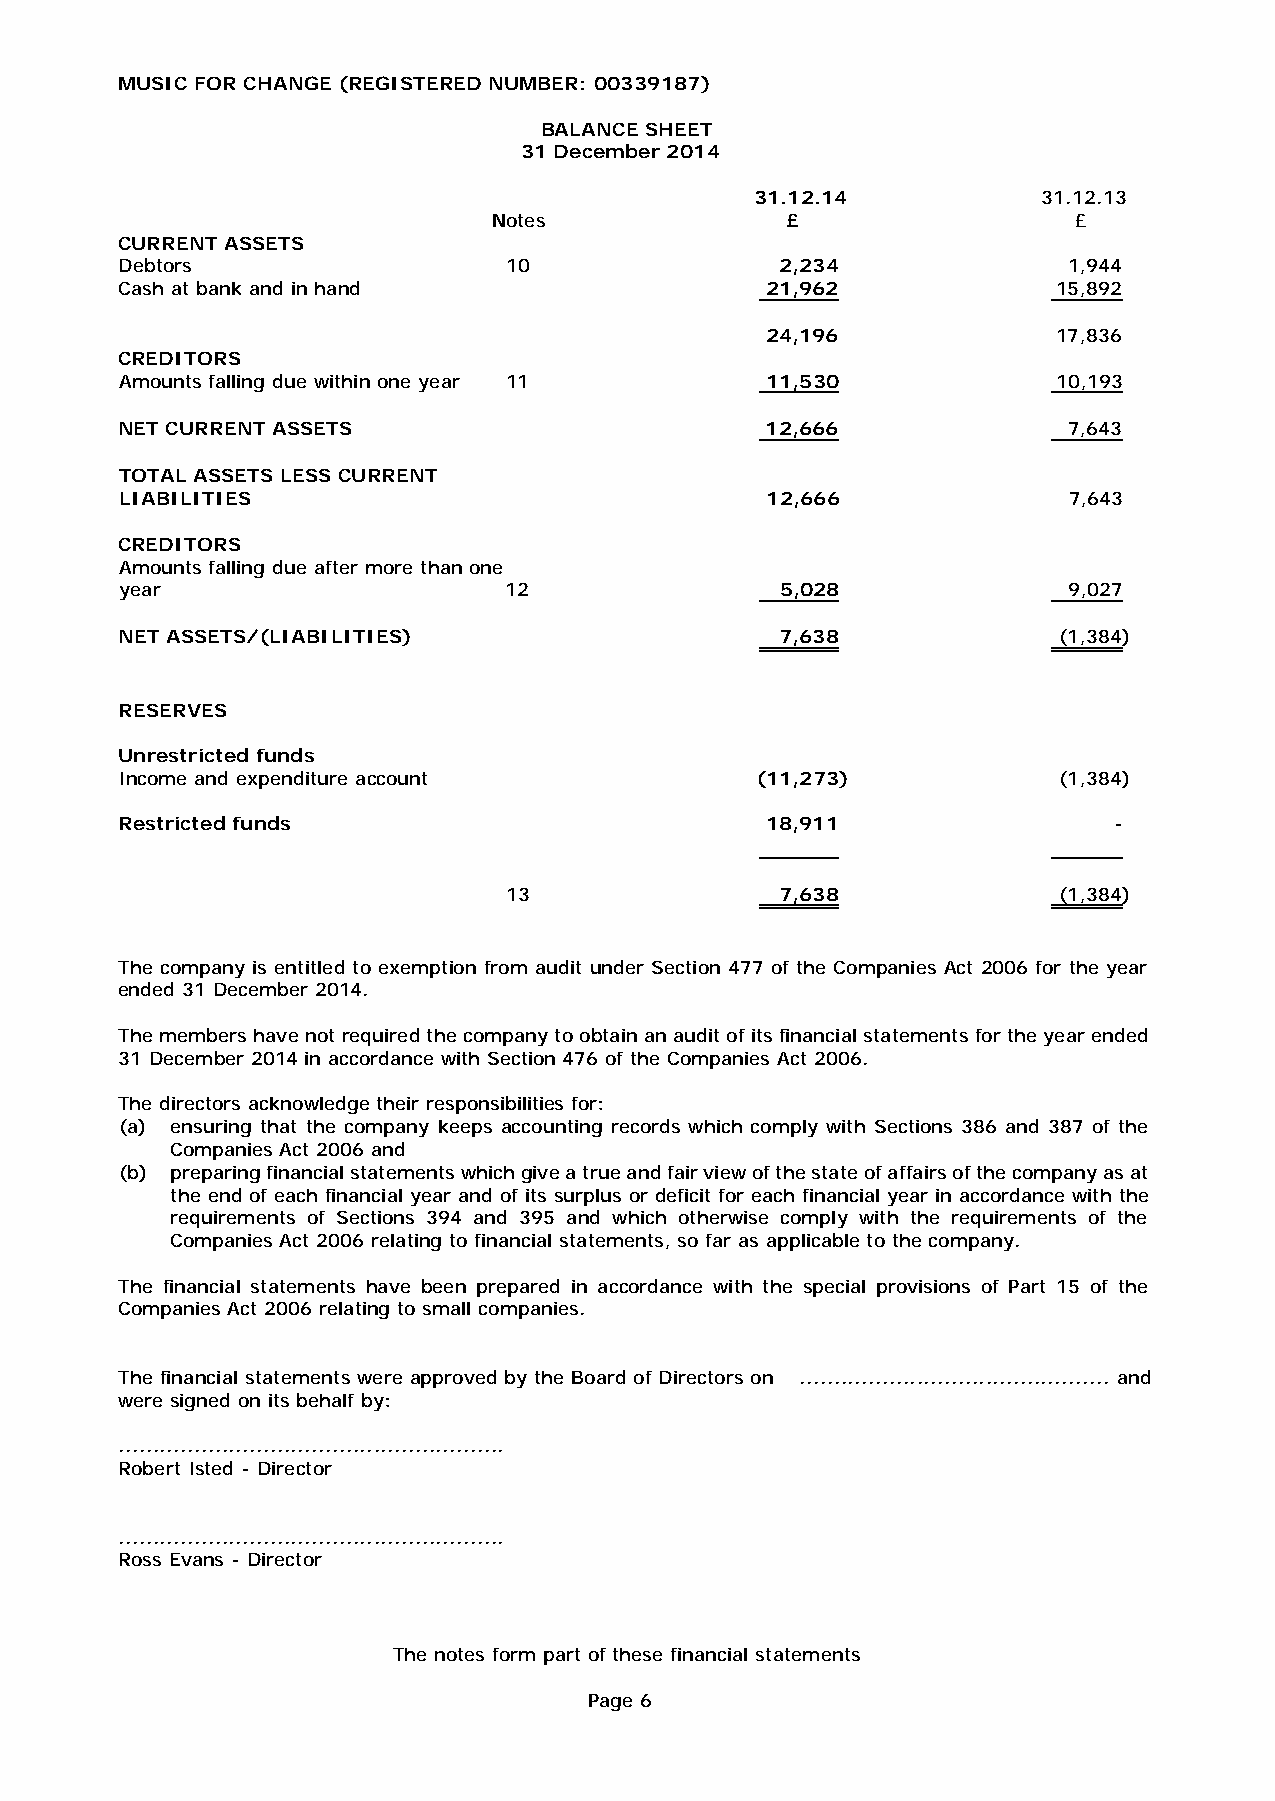
MUSIC FOR CHANGE (REGISTERED NUMBER: 00339187)
 BALANCE SHEET
 31 December 2014
 31.12.14           31.12.13
 Notes                                       £                  £
 CURRENT ASSETS
 Debtors 10                                  2,234              1,944
 Cash at bank and in hand                   21,962             15,892
 24,196             17,836
 CREDITORS
 Amounts falling due within one year 11     11,530             10,193
 NET CURRENT ASSETS 12,666                                      7,643
 TOTAL ASSETS LESS CURRENT
 LIABILITIES                                12,666              7,643
 CREDITORS
 Amounts falling due after more than one
 year                     12                 5,028              9,027
 NET ASSETS/(LIABILITIES) 7,638                                (1,384)
 RESERVES
 Unrestricted funds
 Income and expenditure account            (11,273)            (1,384)
 Restricted funds                           18,911 -
 13                                          7,638             (1,384)
 The company is entitled to exemption from audit under Section 477 of the Companies Act 2006 for the year
 ended 31 December 2014.
 The members have not required the company to obtain an audit of its financial statements for the year ended
 31 December 2014 in accordance with Section 476 of the Companies Act 2006.
 The directors acknowledge their responsibilities for:
 (a) ensuring that the company keeps accounting records which comply with Sections 386 and 387 of the
 Companies Act 2006 and
 (b) preparing financial statements which give a true and fai r view of the state of affairs of the company as at
 the end of each financial year and of its surplus or deficit for each financial year in accordance with the
 requirements of Sections 394 and 395 and which otherwise comply with the requirements of the
 Companies Act 2006 relating to financial statements, so far as applicable to the company.
 The financial statements have been prepared in accordance with the special provisions of Part 15 of the
 Companies Act 2006 relating to small companies.
 The financial statements were approved by the Board of Directors on ............................................. and
 were signed on its behalf by:
 ........................................................
 Robert Isted - Director
 ........................................................
 Ross Evans - Director
 The notes form part of these financial statements
 Page 6